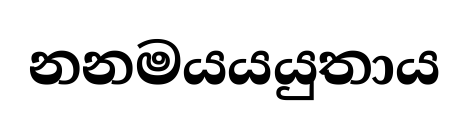
නනමයයයුතාය